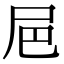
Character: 㞎